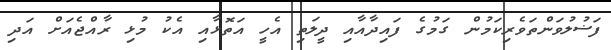
ފަޟުލުވަންތަވެރިކަމުން ގަމުގެ ފައިދާއާއި ދީލަތި އެހީ އަތޮޅާއި އެކު މުޅި ރާއްޖެއަށް އަދި